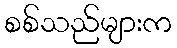
စစ်သည်များက